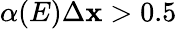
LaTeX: \alpha(E)\Delta\mathbf{x}>0.5